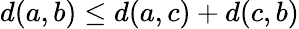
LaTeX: d(a,b)\leq d(a,c)+d(c,b)